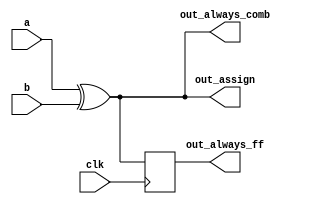
// synthesis verilog_input_version verilog_2001
/**
 * @brief   Build an XOR gate three ways,
 *          using an assign statement,
 *          a combinational always block,
 *          and a clocked always block.
 */
module top_module (
    input       clk,
    input       a,
    input       b,
    output wire out_assign,
    output reg  out_always_comb,
    output reg  out_always_ff
);

    /**
 * @brief   assign statement
 */
    assign out_assign = a ^ b;


    /**
 * @brief   combinational always block
 */
    always @(*) begin
        out_always_comb = a ^ b;
    end


    /**
 * @brief   clocked always block
 */
    always @(posedge clk) begin
        out_always_ff <= a ^ b;
    end

endmodule